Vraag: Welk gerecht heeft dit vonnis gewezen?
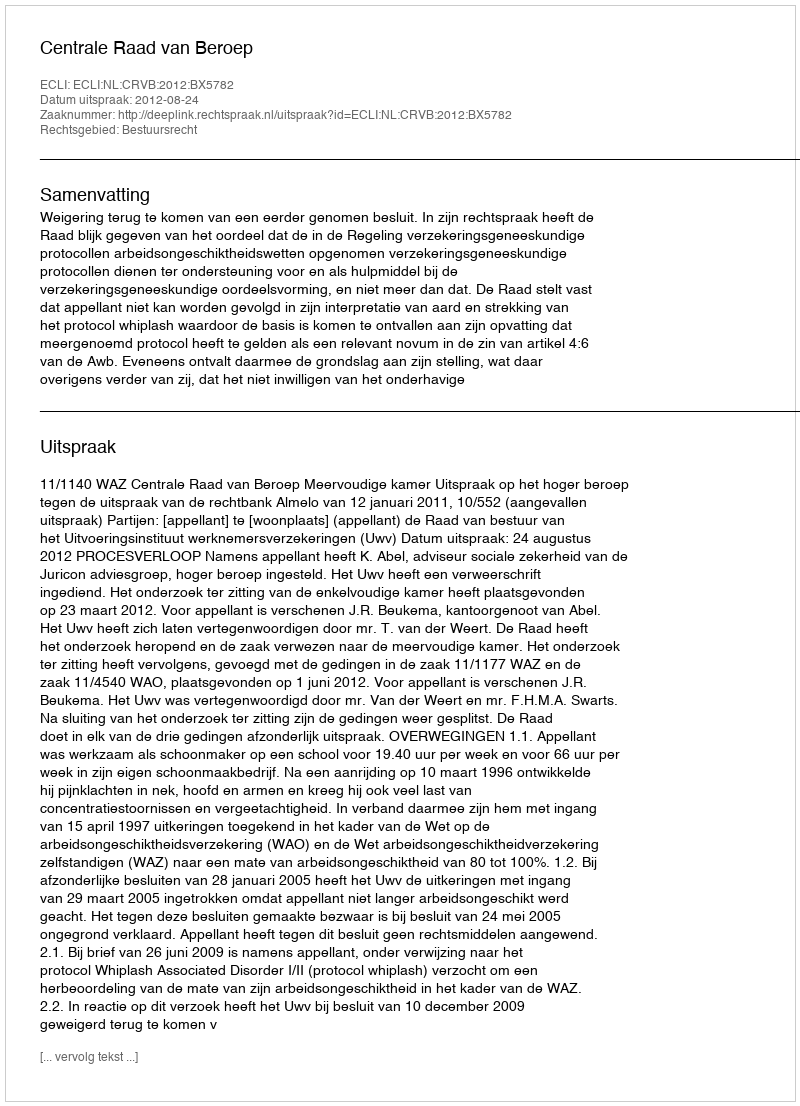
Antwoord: Centrale Raad van Beroep